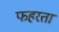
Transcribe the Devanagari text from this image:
फहरता